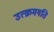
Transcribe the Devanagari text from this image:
उत्क्रमगति